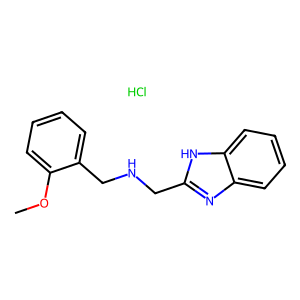
SMILES: COc1ccccc1CNCc1nc2ccccc2[nH]1.Cl
Inhibits HIV replication: No